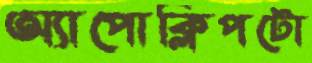
অ্যাপোক্লিপটো